Scottish Leaving Certificate Examination, 1956
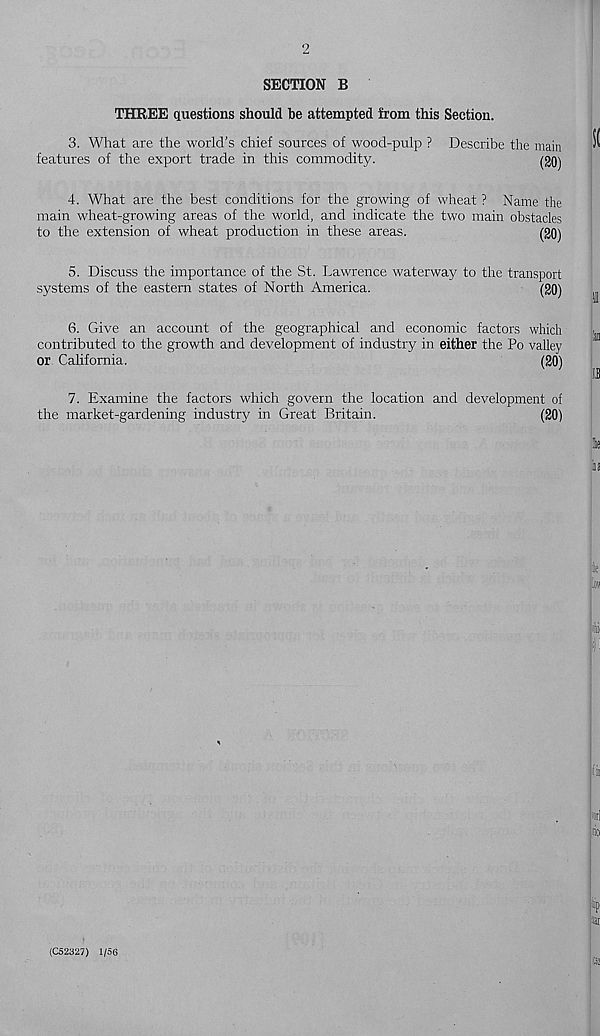
2
SECTION B
THREE questions should be attempted from this Section.
3. What are the world’s chief sources of wood-pulp ?
features of the export trade in this commodity.
Describe the main
(20)
4. What are the best conditions for the growing of wheat ? Name the
main wheat-growing areas of the world, and indicate the two main obstacles
to the extension of wheat production in these areas.
(20)
5. Discuss the importance of the St. Lawrence waterway to the transport
systems of the eastern states of North America.
(20)
6. Give an account of the geographical and economic factors which
contributed to the growth and development of industry in either the Po valley
or California.
(20)
7. Examine the factors which govern the location and development of
the market-gardening industry in Great Britain.
(20)
(C52327) 1/56